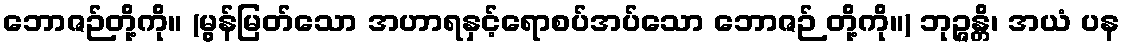
ဘောဇဉ်တို့ကို။ (မွန်မြတ်သော အဟာရနှင့်ရောစပ်အပ်သော ဘောဇဉ် တို့ကို။) ဘုဉ္ဇန္တိ၊ အယံ ပန